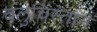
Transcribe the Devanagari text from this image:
वलुचिस्तान